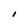
Character: I